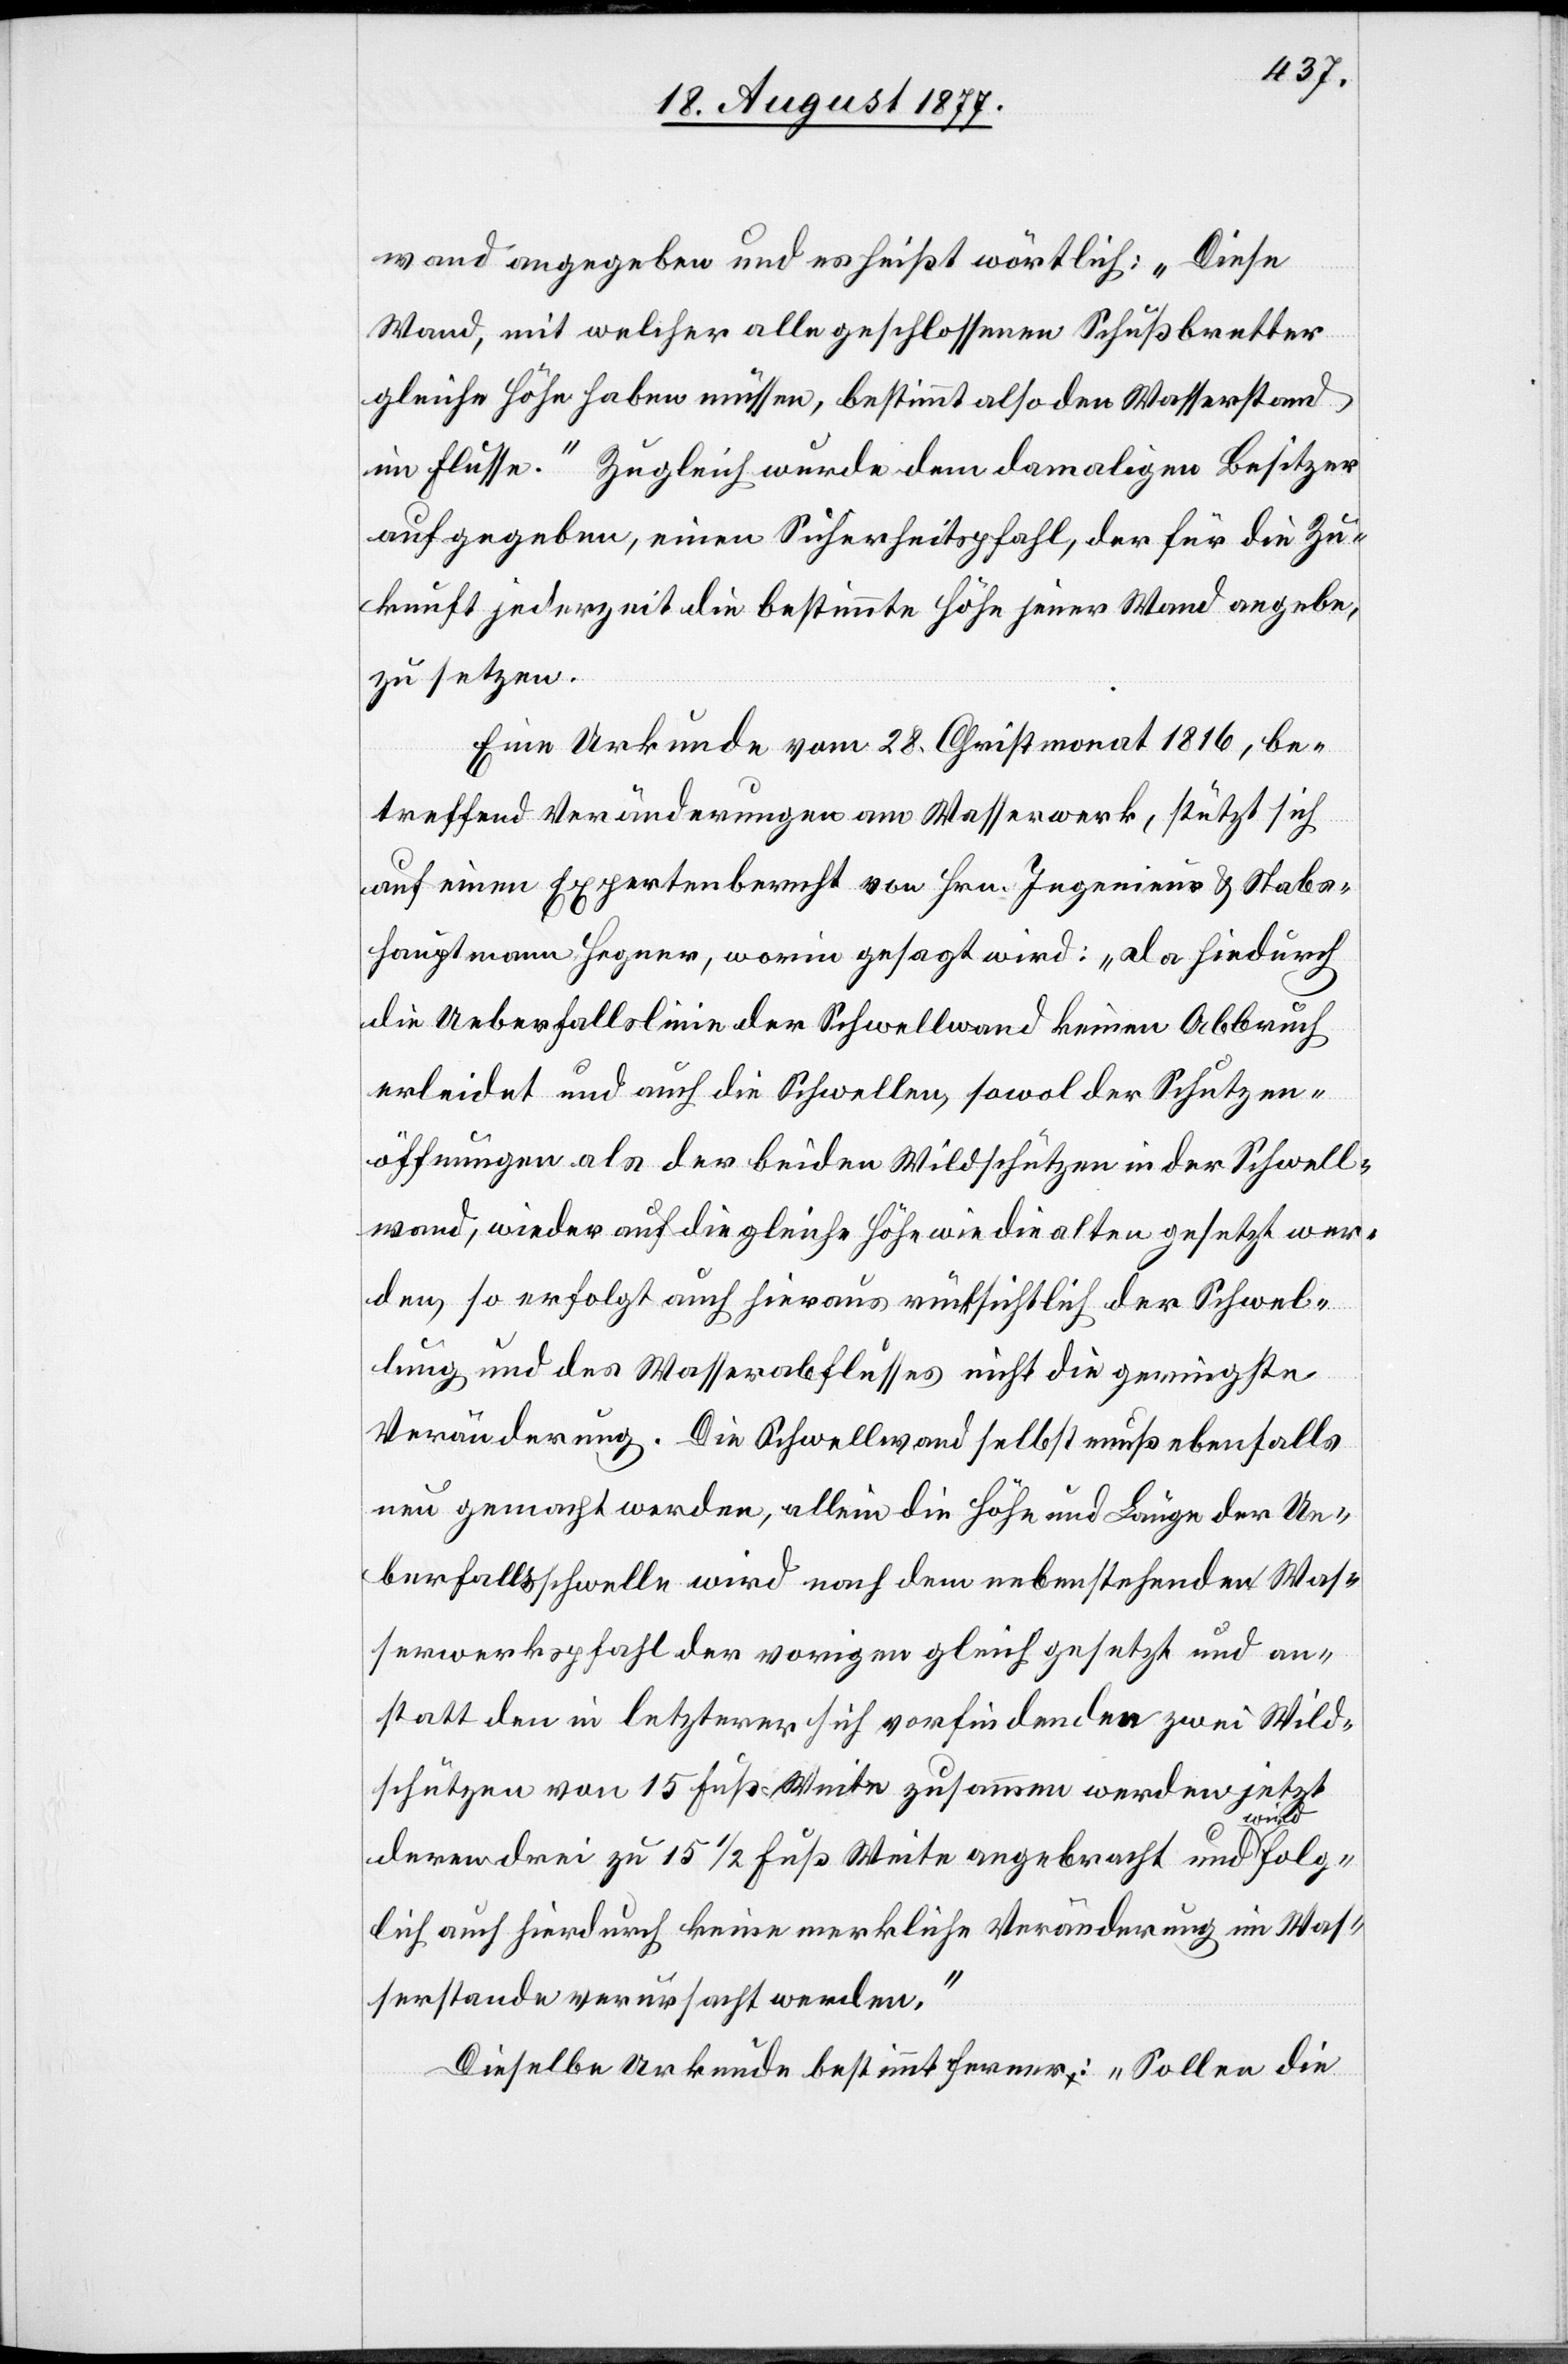
wand angegeben und es heißt wörtlich: „Diese
Wand, mit welcher alle geschlossenen Schußbretter
gleiche Höhe haben müssen, bestimmt also den Wasserstand
im Flusse.“ Zugleich wurde dem damaligen Besitzer
aufgegeben, einen Sicherheitspfahl, der für die Zu¬
kunft jederzeit die bestimmte Höhe jener Wand angebe,
zu setzen.
Eine Urkunde vom 28. Christmonat 1816, be¬
treffend Veränderungen am Wasserwerk, stützt sich
auf einen Expertenbericht von Hrn. Ingenieur & Stabs¬
hauptmann Hegner, worin gesagt wird: „Da hiedurch
die Ueberfallslinie der Schwellwand keinen Abbruch
erleidet und auch die Schwellen, sowol der Schutzen¬
öffnungen als der beiden Wildschützen in der Schwell¬
wand, wieder auf die gleiche Höhe wie die alten gesetzt wer¬
den, so erfolgt auch hieraus rücksichtlich der Schwel¬
lung und des Wasserabflusses nicht die geringste
Veränderung. Die Schwellwand selbst muß ebenfalls
neu gemacht werden, allein die Höhe und Länge der Ue¬
berfallsschwelle wird nach dem nebenstehenden Was¬
serwerkspfahl der vorigen gleich gesetzt und an¬
statt den in letzterer sich vorfindenden zwei Wild¬
schützen von 15 Fuß Weite zusammen werden jetzt
deren drei zu 15 1/2 Fuß Weite angebracht und wird folg¬
lich auch hierdurch keine merkliche Veränderung im Was¬
serstande verursacht werden.“
Dieselbe Urkunde bestimmt ferner: „Sollen die